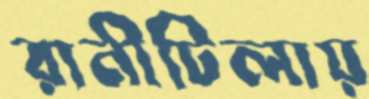
রানীটিলায়